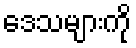
ဒေသများကို